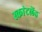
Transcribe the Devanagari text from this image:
स्का॓टलेंड